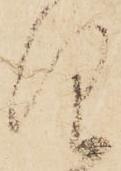
仰